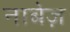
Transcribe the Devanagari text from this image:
नाबेज़